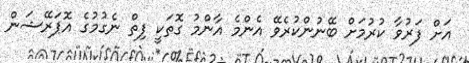
އަށް ފަރުވާ ކުރުމަށް ބޭނުންކުރެވޭ އެންމެ އާންމު ގޮތަކީ ފިތް ނެގުމުގެ އޮޕަރޭޝަން